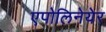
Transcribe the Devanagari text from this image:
एपोलिनेयेर